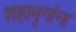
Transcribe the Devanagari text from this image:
शहामृगांना